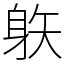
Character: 䠶